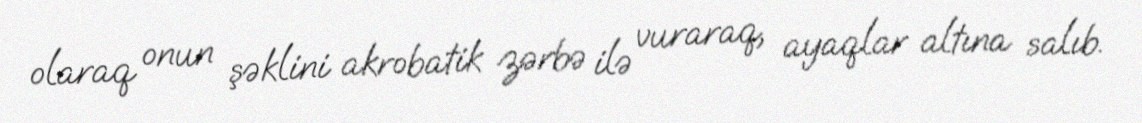
olaraq onun şəklini akrobatik zərbə ilə vuraraq, ayaqlar altına salıb.